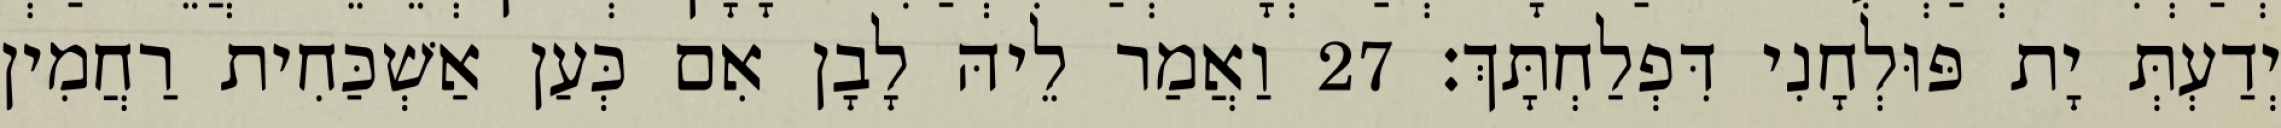
יְדַעְתְּ יָת פּוּלְחָנִי דִּפְלַחְתָּךְ׃ 27 וַאֲמַר לֵיהּ לָבָן אִם כְּעַן אַשְׁכַּחִית רַחֲמִין